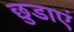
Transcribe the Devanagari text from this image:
छुडाएं